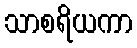
သာစရိယကာ